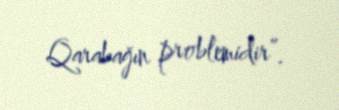
Qarabağın problemidir”.